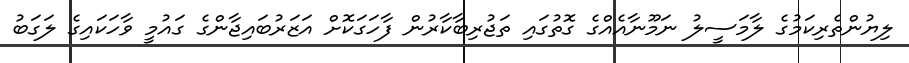
ލިޔުންތެރިކަމުގެ ލާމަސީލު ނަމޫނާއެއްގެ ގޮތުގައި ތަޖުރިބާކާރުން ފާހަގަކޮށް އަޒަރުބައިޖާންގެ ގައުމީ ވާހަކައިގެ ލަގަބު